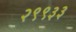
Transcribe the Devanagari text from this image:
२९९३३